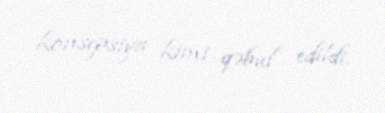
konsepsiya kimi qəbul edildi.